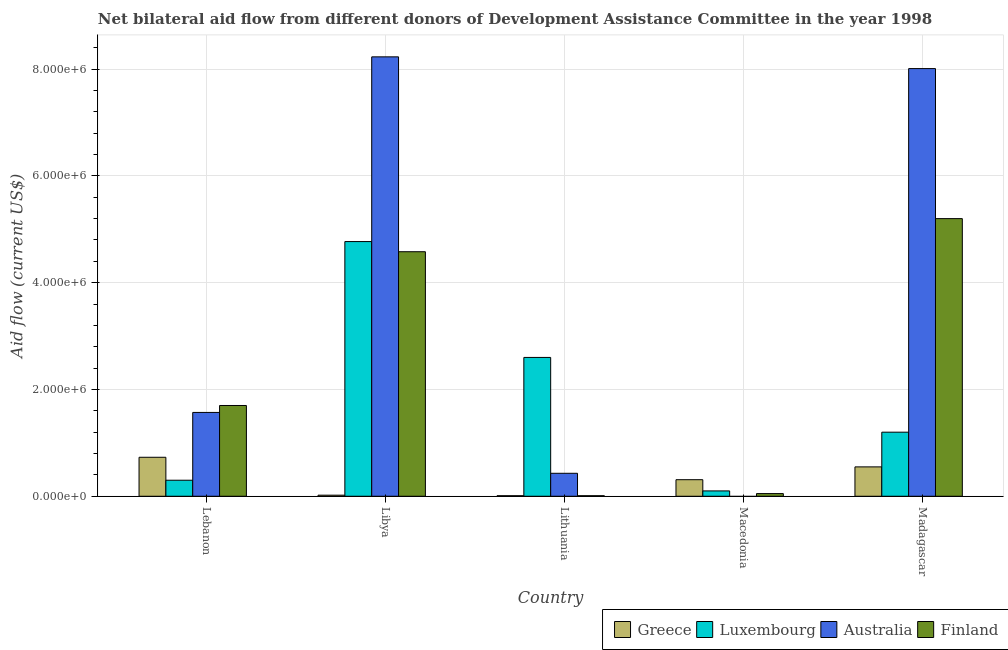
| Country | Greece | Luxembourg | Australia | Finland |
 | --- | --- | --- | --- | --- |
 | Lebanon | 7.3e+05 | 3e+05 | 1.57e+06 | 1.7e+06 |
 | Libya | 2e+04 | 4.77e+06 | 8.23e+06 | 4.58e+06 |
 | Lithuania | 1e+04 | 2.6e+06 | 4.3e+05 | 1e+04 |
 | Macedonia | 3.1e+05 | 1e+05 | -1e+04 | 5e+04 |
 | Madagascar | 5.5e+05 | 1.2e+06 | 8.01e+06 | 5.2e+06 |